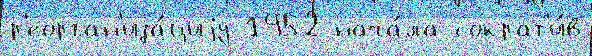
р'еорган'иза́циjу 1952 нача́ла сократ'и́в